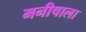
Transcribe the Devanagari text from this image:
मनीषाला